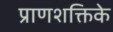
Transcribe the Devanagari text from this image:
प्राणशक्तिके